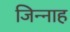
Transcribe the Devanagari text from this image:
जिन्‍नाह